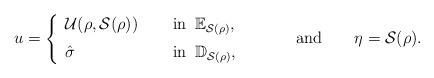
LaTeX: \begin{align*} u=\left\{ \begin{array}{ll} \mathcal U(\rho,\mathcal S(\rho))\quad\;& \mbox{in} \;\; \Bbb E_{\mathcal S(\rho)}, \\ [0.2 cm] \hat\sigma\qquad& \mbox{in}\;\; \Bbb D_{\mathcal S(\rho)}, \end{array} \right. \qquad\quad\mbox{and}\qquad \eta=\mathcal S(\rho).\end{align*}